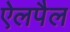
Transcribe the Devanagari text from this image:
ऐलपैल